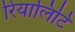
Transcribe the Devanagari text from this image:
रियालिटि